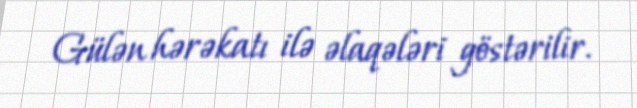
Gülən hərəkatı ilə əlaqələri göstərilir.